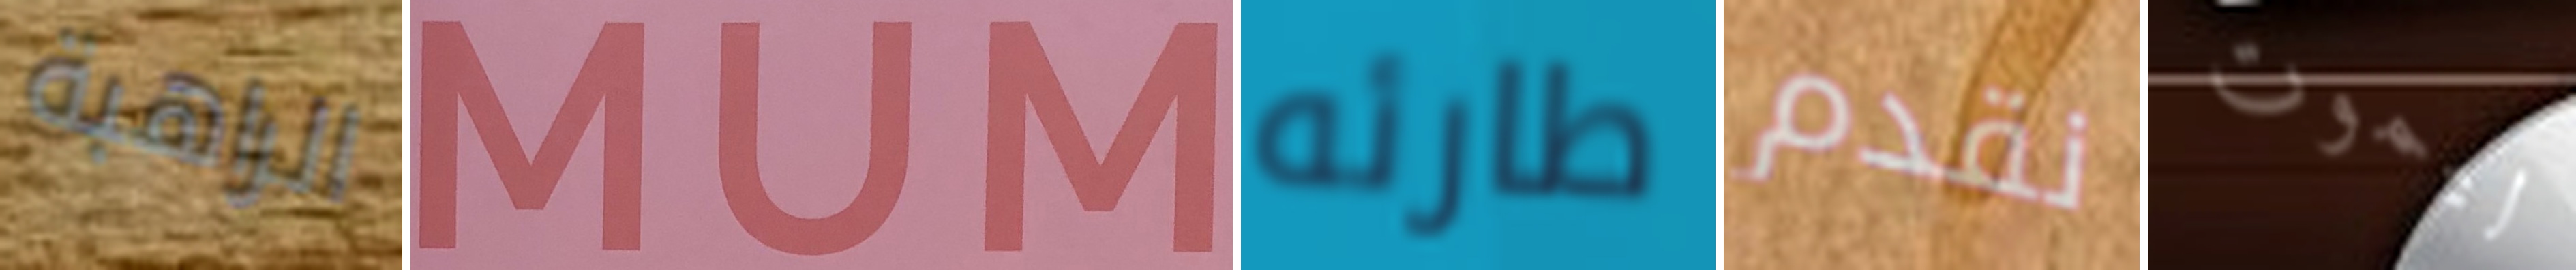
الراهبة MUM طارئه نقدم ليموت